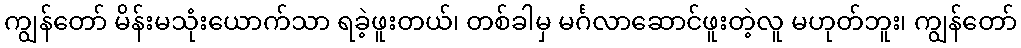
ကျွန်တော် မိန်းမသုံးယောက်သာ ရခဲ့ဖူးတယ်၊ တစ်ခါမှ မင်္ဂလာဆောင်ဖူးတဲ့လူ မဟုတ်ဘူး၊ ကျွန်တော်